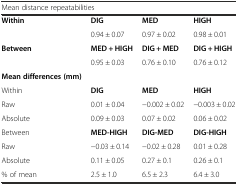
<table><thead><tr><td colspan="4"><b>Mean distance repeatabilities</b></td></tr></thead><tbody><tr><td><b>Within</b></td><td><b>DIG</b></td><td><b>MED</b></td><td><b>HIGH</b></td></tr><tr><td></td><td>0.94 ± 0.07</td><td>0.97 ± 0.02</td><td>0.98 ± 0.01</td></tr><tr><td><b>Between</b></td><td><b>MED + HIGH</b></td><td><b>DIG + MED</b></td><td><b>DIG + HIGH</b></td></tr><tr><td></td><td>0.95 ± 0.03</td><td>0.76 ± 0.10</td><td>0.76 ± 0.12</td></tr><tr><td><b>Mean differences (mm)</b></td><td></td><td></td><td></td></tr><tr><td>Within</td><td><b>DIG</b></td><td><b>MED</b></td><td><b>HIGH</b></td></tr><tr><td>Raw</td><td>0.01 ± 0.04</td><td>−0.002 ± 0.02</td><td>−0.003 ± 0.02</td></tr><tr><td>Absolute</td><td>0.09 ± 0.03</td><td>0.07 ± 0.02</td><td>0.06 ± 0.02</td></tr><tr><td>Between</td><td><b>MED-HIGH</b></td><td><b>DIG-MED</b></td><td><b>DIG-HIGH</b></td></tr><tr><td>Raw</td><td>−0.03 ± 0.14</td><td>−0.02 ± 0.28</td><td>0.01 ± 0.28</td></tr><tr><td>Absolute</td><td>0.11 ± 0.05</td><td>0.27 ± 0.1</td><td>0.26 ± 0.1</td></tr><tr><td>% of mean</td><td>2.5 ± 1.0</td><td>6.5 ± 2.3</td><td>6.4 ± 3.0</td></tr></tbody></table>